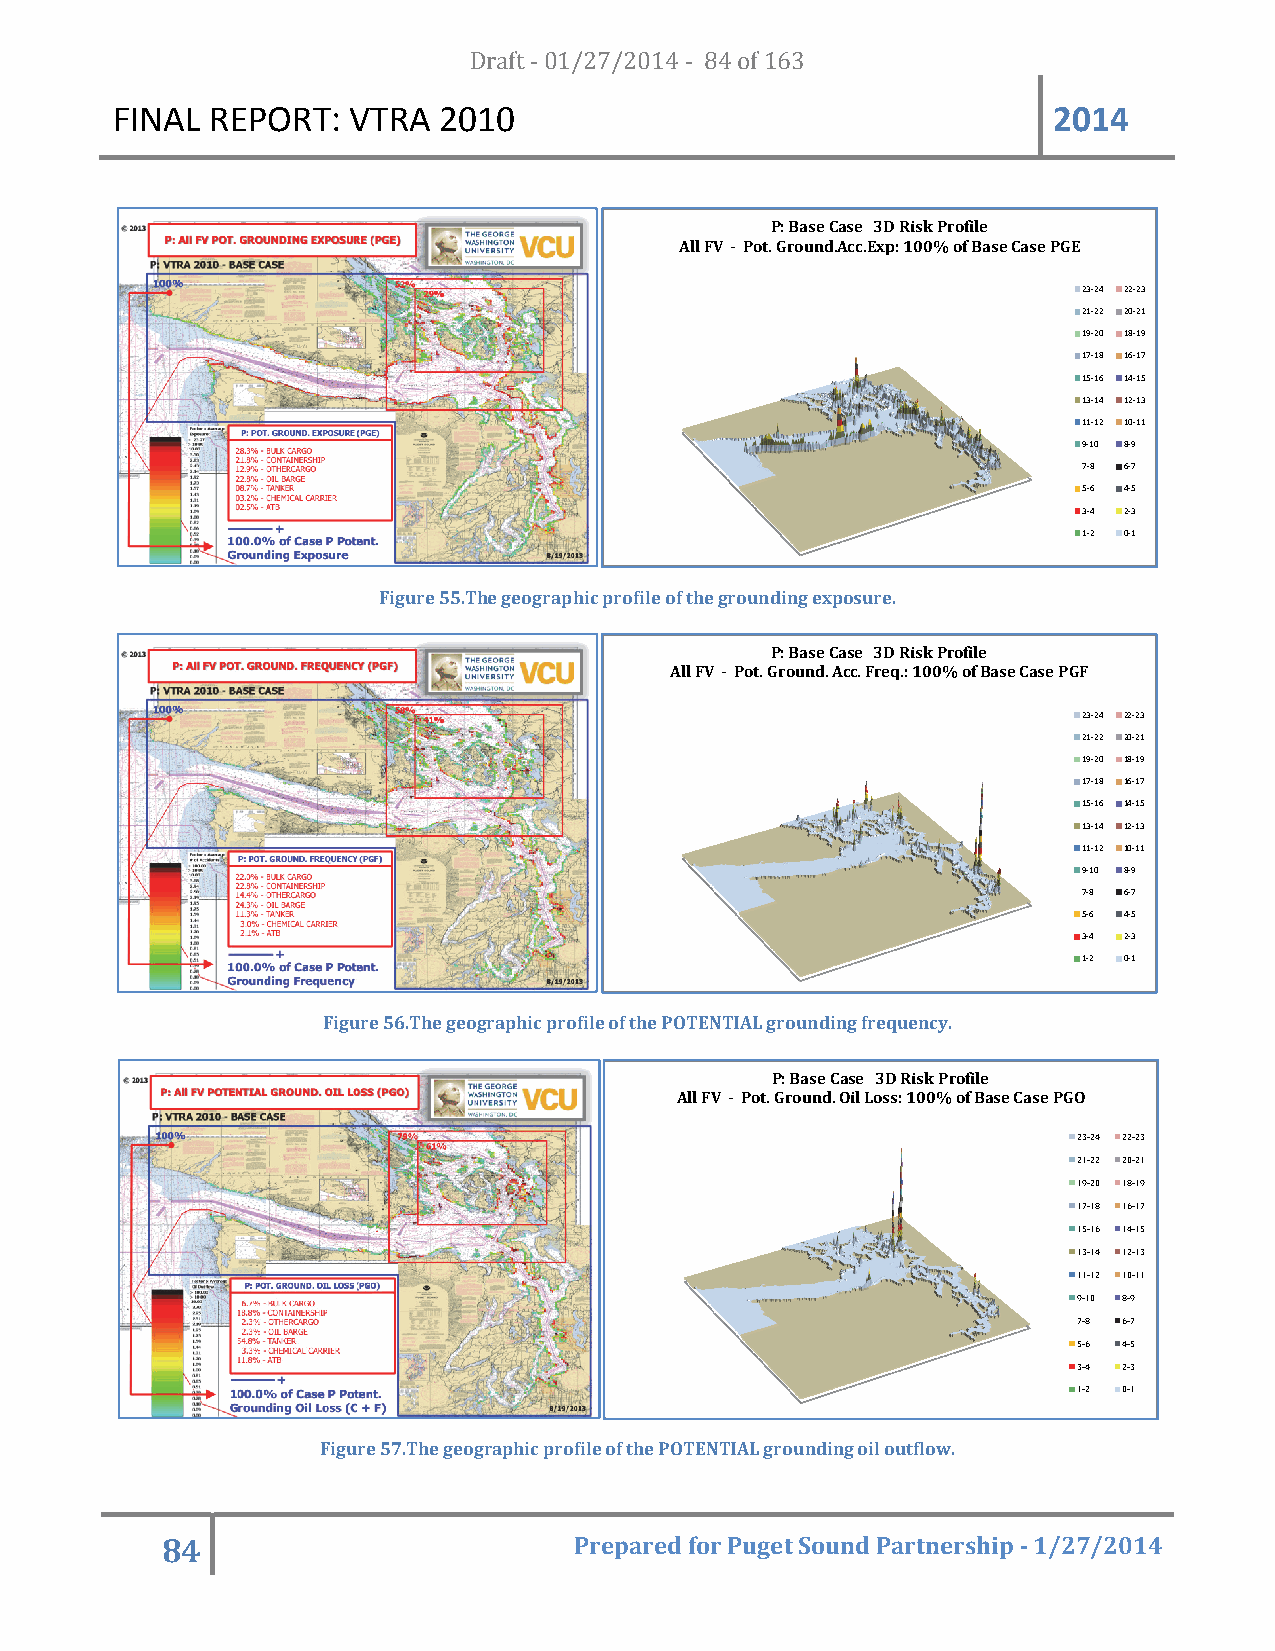
FFINAL REEPORT: VVTRA 20D1r0af t - 01/27/2014 - 84 of 163      2014
 P: Base CCase 3D Risk Prrofile
 All FVV - Pot. Ground.Acc.Exp: 100% of Base Case PGEE
 23-24 22-23
 21-22 20-21
 19-20 18-19
 17-18 16-17
 15-16 14-15
 13-14 12-13
 11-12 10-11
 9-10 8-9
 7-8 6-7
 5-6 4-5
 3-4 2-3
 1-2 0-1
 Figure 55.TThe geographicc profile of the grounding expposure.
 P: Base CCase 3D Risk Prrofile
 All FV - Pot. Ground. AAcc. Freq.: 100%% of Base Case PGGF
 23-24 22-23
 21-22 20-21
 19-20 18-19
 17-18 16-17
 15-16 14-15
 13-14 12-13
 11-12 10-11
 9-10 8-9
 7-8 6-7
 5-6 4-5
 3-4 2-3
 1-2 0-1
 Figuure 56.The geographic profilee of the POTENNTIAL groundiing frequency.
 P: Base CCase 3D Risk Prrofile
 All FVV - Pot. Ground.. Oil Loss: 100% of Base Case PGGO
 23-24 22-23
 21-22 20-21
 19-20 18-19
 17-18 16-17
 15-16 14-15
 13-14 12-13
 11-12 10-11
 9-10 8-9
 7-8 6-7
 5-6 4-5
 3-4 2-3
 1-2 0-1
 Figure 57.The geoggraphic profilee of the POTENNTIAL groundinng oil outflow..
 84                         Prrepared forr Puget Souund Partnership - 1/227/2014